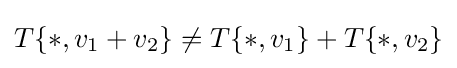
T\{*,v_{1}+v_{2}\}\neq T\{*,v_{1}\}+T\{*,v_{2}\}